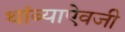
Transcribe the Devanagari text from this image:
थांब्याऐवजी